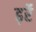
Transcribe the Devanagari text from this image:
ढ़र्रे